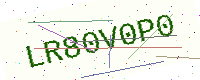
Text: LR80V0P0